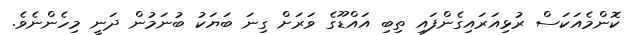
ކޮންމެއަކަސް ރުޅިއަރައިގެންފައި ތިބި އައްޑޫގެ ވަރަށް ގިނަ ބަޔަކު ބުނަމުން ދަނީ މިހެންނެވެ.